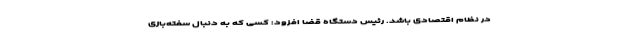
در نظام اقتصادی باشد. رئیس دستگاه قضا افزود: کسی که به دنبال سفته‌بازی